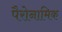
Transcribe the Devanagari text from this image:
पैरोनामिक